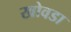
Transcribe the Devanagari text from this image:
खोवडा